Madras plague regulations and rules - Volume 1
Disease focus: Plague
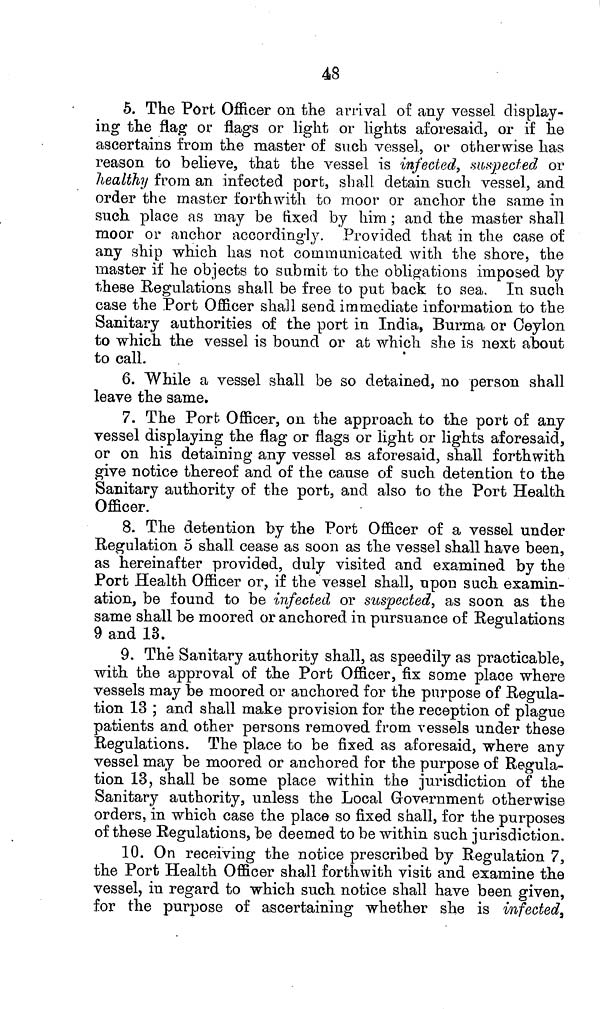
48
5. The Port Officer on the arrival of any vessel display-
ing the flag or flags or light or lights aforesaid, or if he
ascertains from the master of such vessel, or otherwise has
reason to believe, that the vessel is infected, suspected or
healthy from an infected port, shall detain such vessel, and
order the master forthwith to moor or anchor the same in
such place as may be fixed by him ; and the master shall
moor or anchor accordingly. Provided that in the case of
any ship which has not communicated with the shore, the
master if he objects to submit to the obligations imposed by
these Regulations shall be free to put back to sea. In such
case the Port Officer shall send immediate information to the
Sanitary authorities of the port in India, Burma or Ceylon
to which the vessel is bound or at which she is next about
to call.
6. While a vessel shall be so detained, no person shall
leave the same.
7. The Port Officer, on the approach to the port of any
vessel displaying the flag or flags or light or lights aforesaid,
or on his detaining any vessel as aforesaid, shall forthwith
give notice thereof and of the cause of such detention to the
Sanitary authority of the port, and also to the Port Health
Officer.
8. The detention by the Port Officer of a vessel under
Regulation 5 shall cease as soon as the vessel shall have been,
as hereinafter provided, duly visited and examined by the
Port Health Officer or, if the vessel shall, upon such examin-
ation, be found to be infected or suspected, as soon as the
same shall be moored or anchored in pursuance of Regulations
9 and 13.
9. The Sanitary authority shall, as speedily as practicable,
with the approval of the Port Officer, fix some place where
vessels may be moored or anchored for the purpose of Regula-
tion 13 ; and shall make provision for the reception of plague
patients and other persons removed from vessels under these
Regulations. The place to be fixed as aforesaid, where any
vessel may be moored or anchored for the purpose of Regula-
tion 13, shall be some place within the jurisdiction of the
Sanitary authority, unless the Local Government otherwise
orders, in which case the place so fixed shall, for the purposes
of these Regulations, be deemed to be within such jurisdiction.
10. On receiving the notice prescribed by Regulation 7,
the Port Health Officer shall forthwith visit and examine the
vessel, in regard to which such notice shall have been given,
for the purpose of ascertaining whether she is infected,